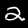
Digit: 2